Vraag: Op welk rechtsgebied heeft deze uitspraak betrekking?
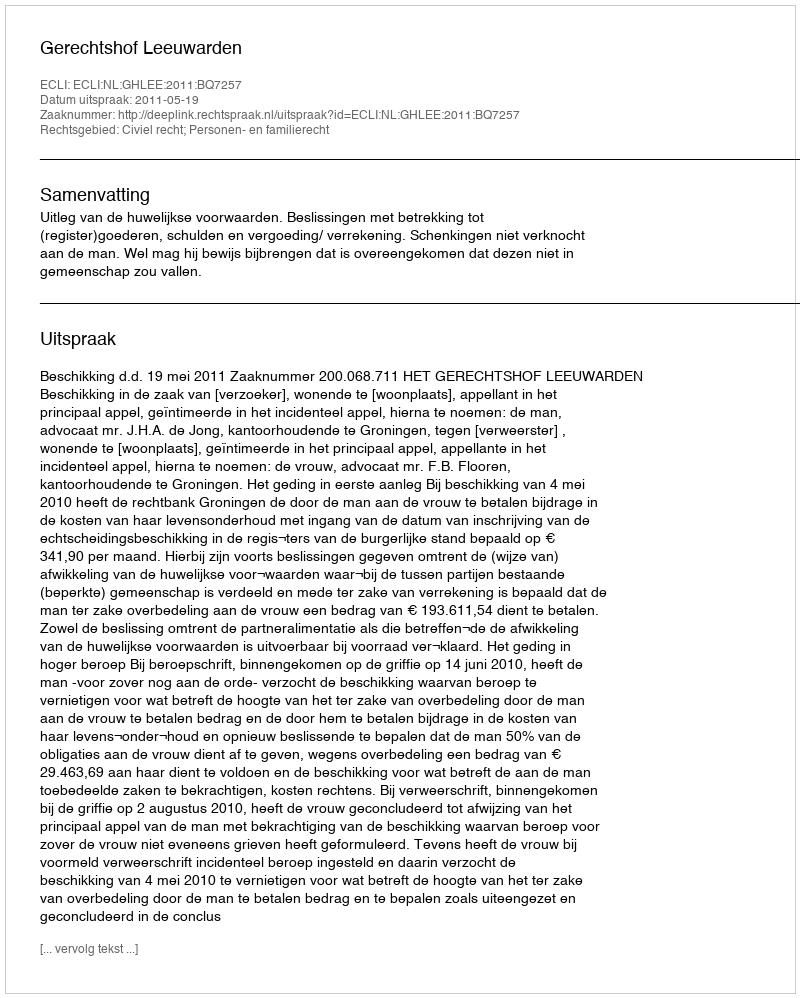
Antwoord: Civiel recht; Personen- en familierecht